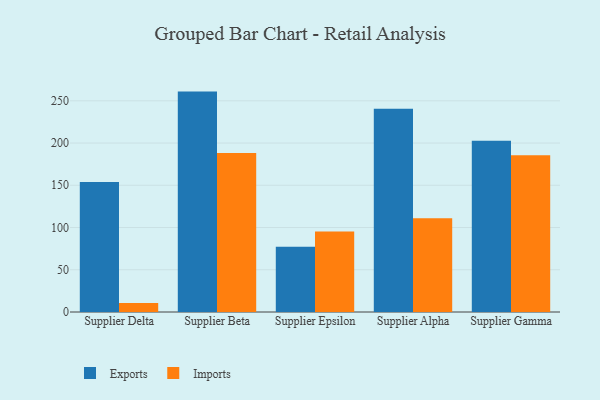
{"axis": {"x": "Supplier", "y": "Active Users"}, "legend": ["Exports", "Imports"], "data": [{"x": "Supplier Delta", "y": 153.9, "type": "Exports"}, {"x": "Supplier Delta", "y": 10.8, "type": "Imports"}, {"x": "Supplier Beta", "y": 260.9, "type": "Exports"}, {"x": "Supplier Beta", "y": 188.1, "type": "Imports"}, {"x": "Supplier Epsilon", "y": 77.1, "type": "Exports"}, {"x": "Supplier Epsilon", "y": 95.4, "type": "Imports"}, {"x": "Supplier Alpha", "y": 240.6, "type": "Exports"}, {"x": "Supplier Alpha", "y": 111.0, "type": "Imports"}, {"x": "Supplier Gamma", "y": 202.6, "type": "Exports"}, {"x": "Supplier Gamma", "y": 185.7, "type": "Imports"}]}